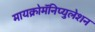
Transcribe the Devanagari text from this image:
मायक्रोमॅनिप्युलेशन